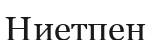
Ниетпен